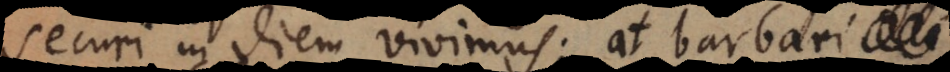
securi in diem vivimus: at barbari quoru